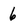
Character: 6